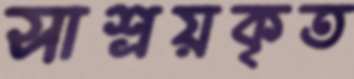
সাশ্রয়কৃত